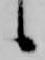
候